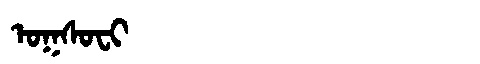
Manchu: ᠣᡴᠰᠣᠸᡳ
Romanization: OKSOFI